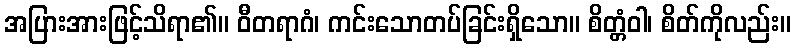
အပြားအားဖြင့်သိရာ၏။ ဝီတရာဂံ၊ ကင်းသောတပ်ခြင်းရှိသော။ စိတ္တံဝါ၊ စိတ်ကိုလည်း။